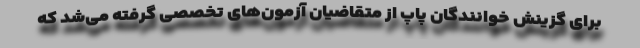
برای گزینش خوانندگان پاپ از متقاضیان آزمون‌های تخصصی گرفته می‌شد که